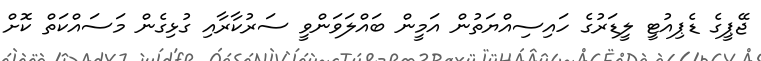
ޖޭޕީގެ ޑެޕިއުޓީ ލީޑަރުގެ ހައިސިއްޔަތުން އަމީން ބައްލަވަންވީ ސަރުކާރާއި ގުޅިގެން މަސައްކަތް ކޮށް